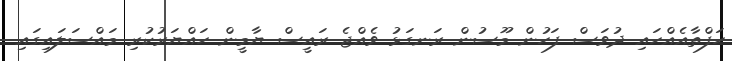
ހަފްތާއެއްހައި ދުވަސް ފަހުން މޫސުން ރަނގަޅު ވެއްޖެ ރައީސް ޔާމީން ހައްޔަރުކުރި މައްސަލައިގައި